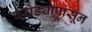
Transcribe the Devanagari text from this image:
वरोड्यापासून